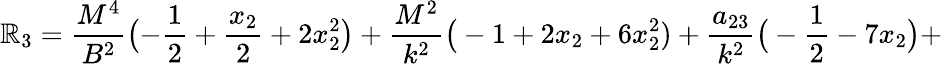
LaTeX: \mathbb{R}_{3}=\frac{{M^{4}}}{{B^{2}}}\bigl(-\frac{{1}}{{2}}+\frac{{x_{2}}}{{2}}+2x_{2}^{2}\bigr)+\frac{{M^{2}}}{{k^{2}}}\big(-1+2x_{2}+6x_{2}^{2})+\frac{{a_{23}}}{{k^{2}}}\big(-\frac{{1}}{{2}}-7x_{2}\big)+